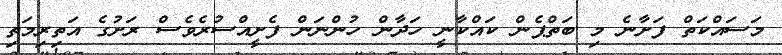
މަސައްކަތް ފަށާނެ މި ބަތްޕެން ކައްކާނީ ހަދާން ހުންނަން ފެށީއްސުރެވެސް ރަށުގެ އަތިރިމަތި